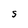
Character: S